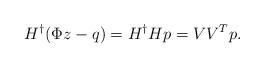
LaTeX: \begin{align*}H^\dagger (\Phi z-q) = H^\dagger Hp = V V^Tp.\end{align*}